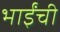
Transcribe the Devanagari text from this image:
भाईंची